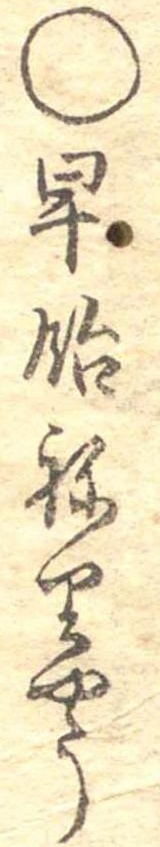
○早飴ねりやう